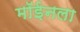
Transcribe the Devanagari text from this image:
मॉईनला